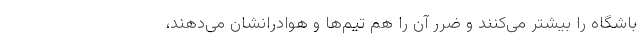
باشگاه را بیشتر می‌کنند و ضرر آن را هم تیم‌ها و هوادرانشان می‌دهند،